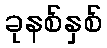
ခုနစ်နှစ်